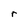
Character: r